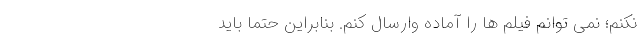
نکنم؛ نمی توانم فیلم ها را آماده وارسال کنم. بنابراین حتماً باید